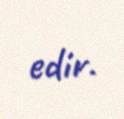
edir.